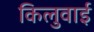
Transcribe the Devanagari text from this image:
किलुवाई